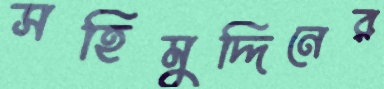
সহিমুদ্দিনের